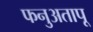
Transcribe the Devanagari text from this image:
फनुअतापू